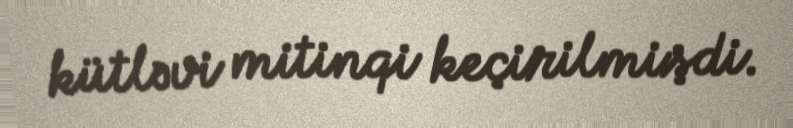
kütləvi mitinqi keçirilmişdi.